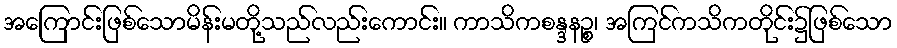
အကြောင်းဖြစ်သောမိန်းမတို့သည်လည်းကောင်း။ ကာသိကစန္ဒနဉ္စ၊ အကြင်ကသိကတိုင်း၌ဖြစ်သော